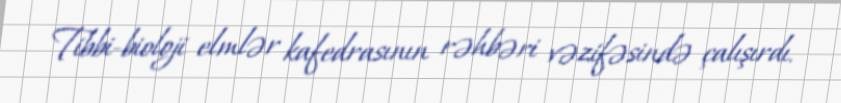
Tibbi-bioloji elmlər kafedrasının rəhbəri vəzifəsində çalışırdı.